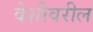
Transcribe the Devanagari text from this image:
वेशीवरील